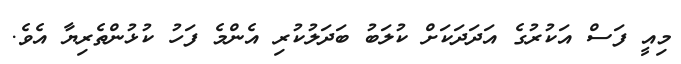
މިއީ ފަސް އަކުރުގެ އަދަދަކަށް ކުލަބު ބަދަލުކުރި އެންމެ ފަހު ކުޅުންތެރިޔާ އެވެ.